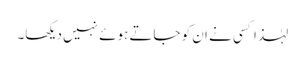
لہٰذا کسی نے ان کو جاتے ہوئے نہیں دیکھا۔